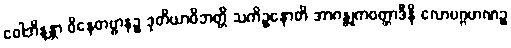
ဝေါဘိန္ဒန္တာ ဝိနေတဗ္ဗာနဉ္စ ဒုတိယာဝိဘတ္တိ သကိဉ္စနောတိ အာဂန္တုကဝတ္တာဒီနိ လောပဂ္ဂဟဏဉ္စ